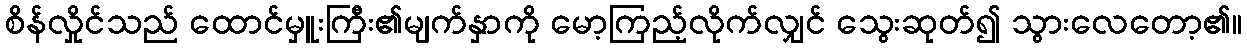
စိန်လှိုင်သည် ထောင်မှူးကြီး၏မျက်နှာကို မော့ကြည့်လိုက်လျှင် သွေးဆုတ်၍ သွားလေတော့၏။